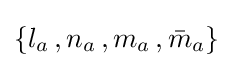
\{l_{a}\,,n_{a}\,,m_{a}\,,{\bar {m}}_{a}\}